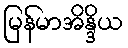
မြန်မာအိန္ဒိယ